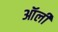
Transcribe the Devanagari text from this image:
ऑर्ली